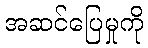
အဆင်ပြေမှုကို